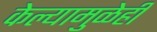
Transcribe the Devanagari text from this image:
केल्यामुळेही